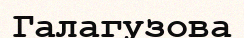
Галагузова